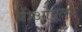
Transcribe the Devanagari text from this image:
बीओवूल्फ